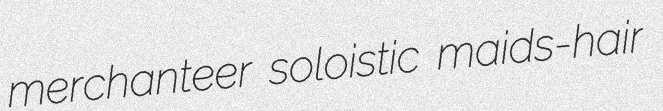
merchanteer soloistic maids-hair